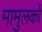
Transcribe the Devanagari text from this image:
मामुलकों